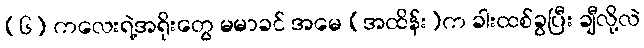
(၆) ကလေးရဲ့အရိုးတွေ မမာခင် အမေ (အထိန်း)က ခါးထစ်ခွပြီး ချီလို့လဲ